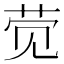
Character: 𲁖